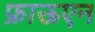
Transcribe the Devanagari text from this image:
फ्राऊएन